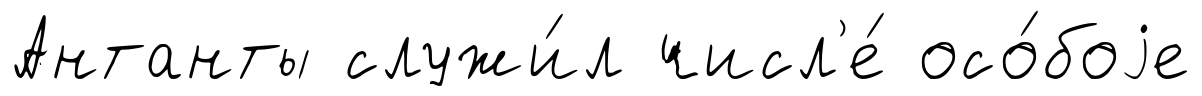
Антанты служи́л числ'е́ осо́боjе